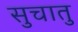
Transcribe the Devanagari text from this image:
सुचातु